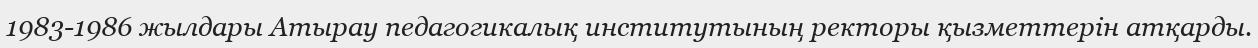
1983-1986 жылдары Атырау педагогикалық институтының ректоры қызметтерін атқарды.